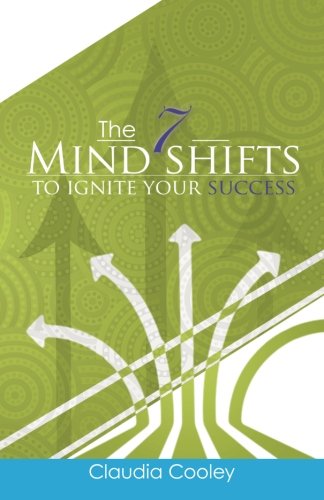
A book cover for The 7 Mind Shifts to Ignite Your Success; Claudia Cooley; Business & Money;